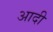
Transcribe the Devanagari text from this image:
अादी